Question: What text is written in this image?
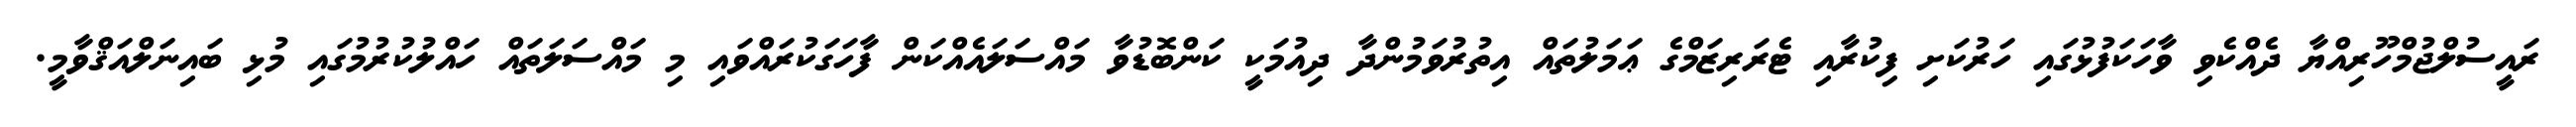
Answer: ރައީސުލްޖުމްހޫރިއްޔާ ދެއްކެވި ވާހަކަފުޅުގައި ހަރުކަށި ފިކުރާއި ޓެރަރިޒަމްގެ ޢަމަލުތައް އިތުރުވަމުންދާ ދިއުމަކީ ކަންބޮޑުވާ މައްސަލައެއްކަން ފާހަގަކުރައްވައި މި މައްސަލަތައް ހައްލުކުރުމުގައި މުޅި ބައިނަލްއަޤްވާމީ.